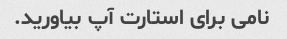
نامی برای استارت آپ بیاورید.